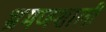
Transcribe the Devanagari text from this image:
भ्रमणशाली